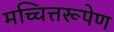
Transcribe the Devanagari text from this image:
मच्चित्तरूपेण